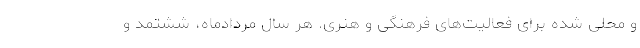
و محلی شده برای فعالیت‌های فرهنگی و هنری. هر سال مردادماه، ششتمد و